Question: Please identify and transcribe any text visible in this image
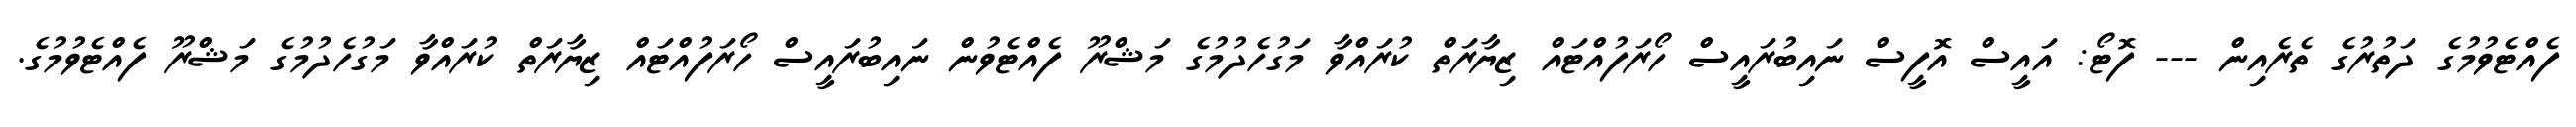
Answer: ފެއްޓެވުމުގެ ދަތުރުގެ ތެރެއިން --- ފޮޓޯ: އައީސް އޮފީސް ނައިބުރައީސް ހޯރަފުއްޓައް ޒިޔާރަތް ކުރައްވާ މަގުހެދުމުގެ މަޝްރޫ ފެއްޓެވުން ނައިބުރައީސް ހޯރަފުއްޓައް ޒިޔާރަތް ކުރައްވާ މަގުހެދުމުގެ މަޝްރޫ ފެއްޓެވުމުގެ.